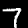
Label: 7